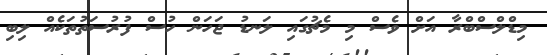
މިޑްލްސްބްރާ އަށް ވެސް މި މެޗުގައި ލަނޑު ޖަހަން ހުސް ފުރުސަތުތަކެއް ލިބި